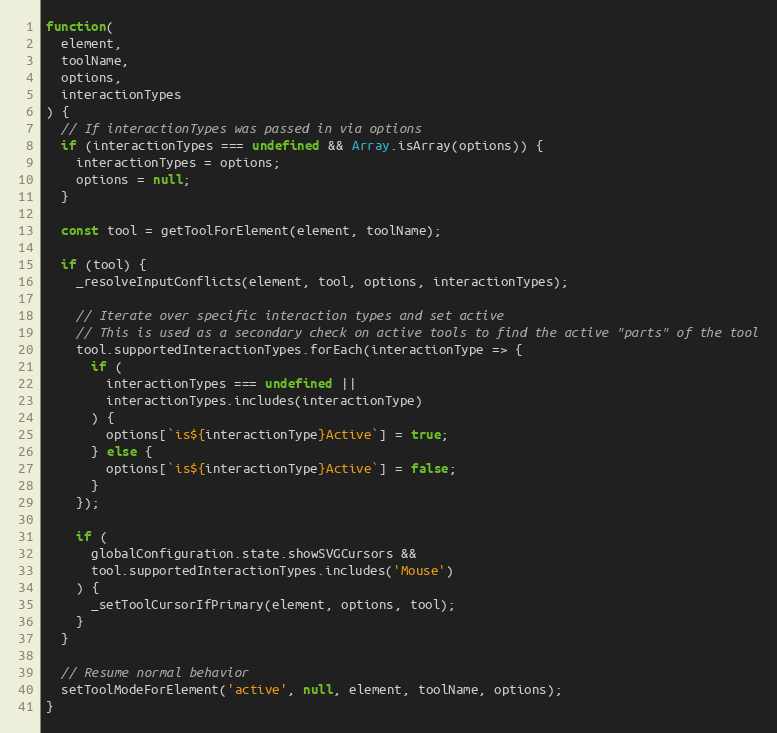
Language: JavaScript
function(
  element,
  toolName,
  options,
  interactionTypes
) {
  // If interactionTypes was passed in via options
  if (interactionTypes === undefined && Array.isArray(options)) {
    interactionTypes = options;
    options = null;
  }

  const tool = getToolForElement(element, toolName);

  if (tool) {
    _resolveInputConflicts(element, tool, options, interactionTypes);

    // Iterate over specific interaction types and set active
    // This is used as a secondary check on active tools to find the active "parts" of the tool
    tool.supportedInteractionTypes.forEach(interactionType => {
      if (
        interactionTypes === undefined ||
        interactionTypes.includes(interactionType)
      ) {
        options[`is${interactionType}Active`] = true;
      } else {
        options[`is${interactionType}Active`] = false;
      }
    });

    if (
      globalConfiguration.state.showSVGCursors &&
      tool.supportedInteractionTypes.includes('Mouse')
    ) {
      _setToolCursorIfPrimary(element, options, tool);
    }
  }

  // Resume normal behavior
  setToolModeForElement('active', null, element, toolName, options);
}